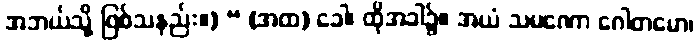
အဘယ်သို့ ဖြစ်သနည်း။) “ (အထ) ခေါ၊ ထိုအခါ၌။ အယံ သမဏော ဂေါတမော၊